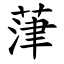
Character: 葏